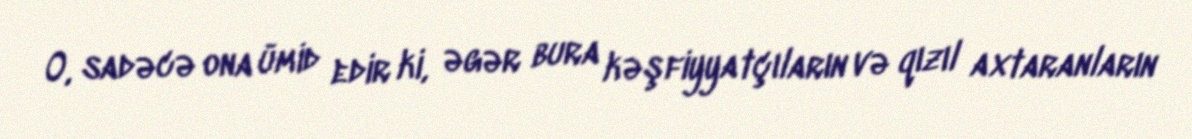
O, sadəcə ona ümid edir ki, əgər bura kəşfiyyatçıların və qızıl axtaranların